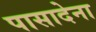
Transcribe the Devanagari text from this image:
पासादेना